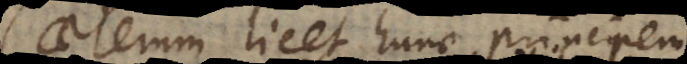
Caeterum licet hunc prin